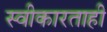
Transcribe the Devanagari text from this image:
स्वीकारताही